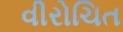
વીરોચિત